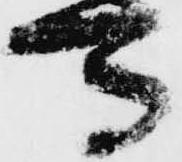
馬